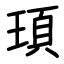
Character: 頊